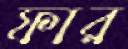
ফার